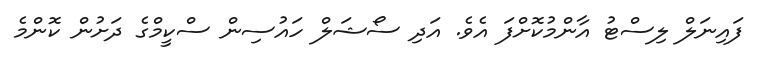
ފައިނަލް ލިސްޓު އާންމުކޮށްފަ އެވެ. އަދި ސޯޝަލް ހައުސިން ސްކީމްގެ ދަށުން ކޮންމެ